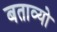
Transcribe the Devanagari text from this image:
बताव्यो